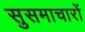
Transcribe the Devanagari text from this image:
सुसमाचारों